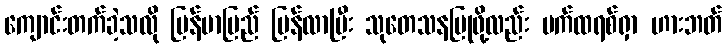
ကျောင်းတက်ခဲ့သလို မြန်မာပြည် ပြန်လာပြီး သုတေသနပြုဖို့လည်း ပက်ထရစ်ရှာ ဟားဘတ်